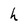
Character: h